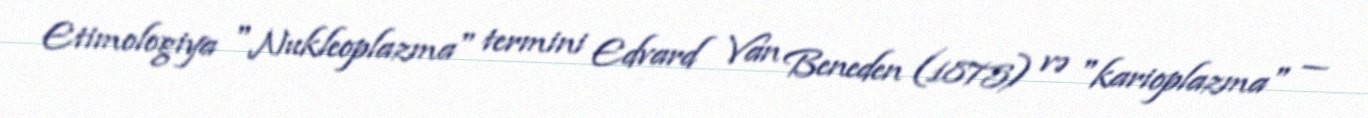
Etimologiya "Nukleoplazma" termini Edvard Van Beneden (1875) və "karioplazma" —